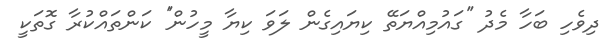
ދިވެހި ބަހާ މެދު ''ގައުމިއްޔަތޭ ކިޔައިގެން ލަވަ ކިޔާ މީހުން'' ކަންތައްކުރާ ގޮތަކީ